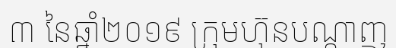
៣ នៃឆ្នាំ២០១៩ ក្រុមហ៊ុនបណ្តាញ